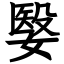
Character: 嫛